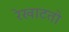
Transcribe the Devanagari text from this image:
रेखाटतो